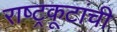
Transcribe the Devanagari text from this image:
राष्ट्रकूटांची